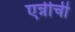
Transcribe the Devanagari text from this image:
एन्नीची